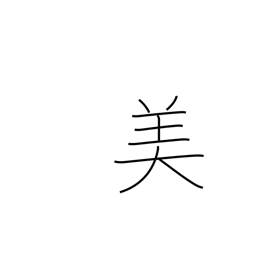
Meaning: beautiful